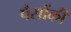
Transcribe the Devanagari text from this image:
पैसोंकी